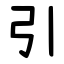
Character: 引